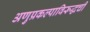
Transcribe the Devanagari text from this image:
अणुप्रकल्पाविरूद्धची